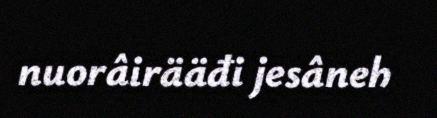
nuorâirääđi jesâneh